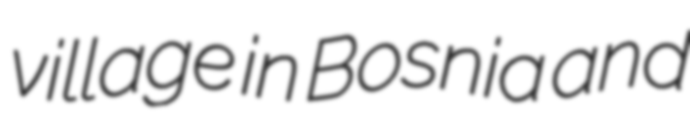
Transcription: village in Bosnia and